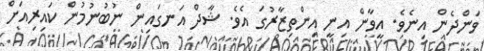
ވަންދެން އިނެވެ. އީވާން އިނީ އިންތިޒާރުގަ އެވެ. ޝާދް އަނގައިން ނުބުނުމުން ކައިރިއަށް